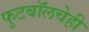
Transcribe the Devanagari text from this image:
फुटबॉलचेही